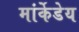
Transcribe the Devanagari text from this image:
मांर्केडेय